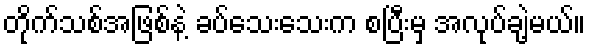
တိုက်သစ်အဖြစ်နဲ့ ခပ်သေးသေးက စပြီးမှ အလုပ်ချဲ့မယ်။